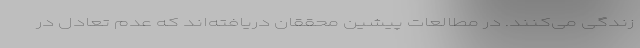
زندگی می‌کنند. در مطالعات پیشین محققان دریافته‌اند که عدم تعادل در